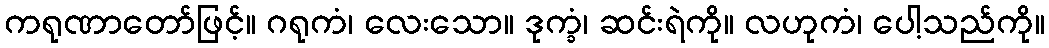
ကရုဏာတော်ဖြင့်။ ဂရုကံ၊ လေးသော။ ဒုက္ခံ၊ ဆင်းရဲကို။ လဟုကံ၊ ပေါ့သည်ကို။